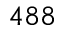
4 8 8